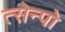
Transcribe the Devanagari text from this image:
त्सेन्पो